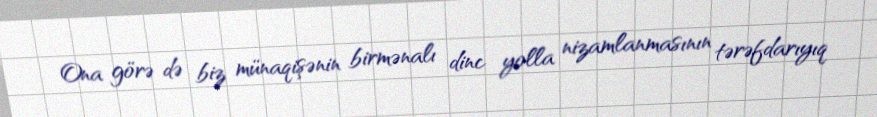
Ona görə də biz münaqişənin birmənalı dinc yolla nizamlanmasının tərəfdarıyıq